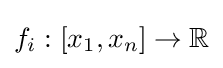
f_{i}:[x_{1},x_{n}]\to \mathbb {R}